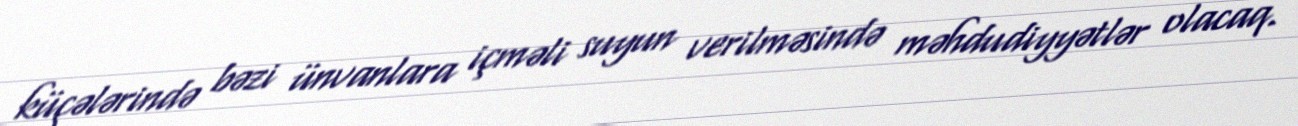
küçələrində bəzi ünvanlara içməli suyun verilməsində məhdudiyyətlər olacaq.